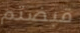
قبضتم